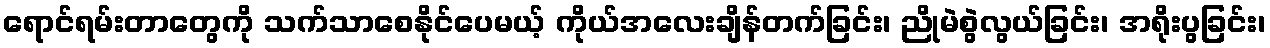
ရောင်ရမ်းတာတွေကို သက်သာစေနိုင်ပေမယ့် ကိုယ်အလေးချိန်တက်ခြင်း၊ ညိုမဲစွဲလွယ်ခြင်း၊ အရိုးပွခြင်း၊